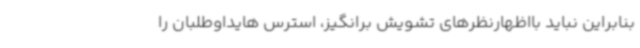
بنابراین نباید بااظهارنظرهای تشویش برانگیز، استرس هایداوطلبان را